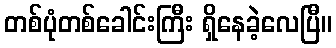
တစ်ပုံတစ်ခေါင်းကြီး ရှိနေခဲ့လေပြီ။